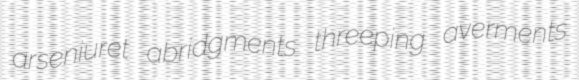
arseniuret abridgments threeping averments